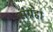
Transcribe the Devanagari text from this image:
संग्रहा